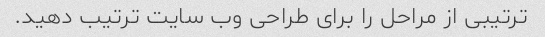
ترتیبی از مراحل را برای طراحی وب سایت ترتیب دهید.